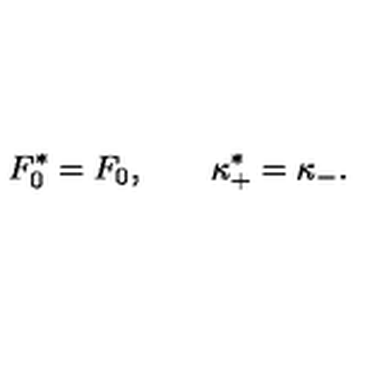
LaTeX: F _ { 0 } ^ { * } = F _ { 0 } , \qquad \kappa _ { + } ^ { * } = \kappa _ { - } .